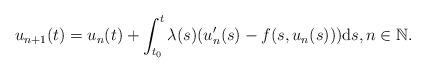
LaTeX: \begin{align*}u_{n+1}(t)=u_n(t)+\int_{t_0}^t\lambda(s)(u'_n(s)-f(s,u_n(s)))\mathrm{d}s, n\in\mathbb{N}.\end{align*}